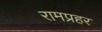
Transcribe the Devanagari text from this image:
रामप्रहर